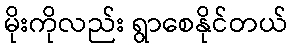
မိုးကိုလည်း ရွာစေနိုင်တယ်